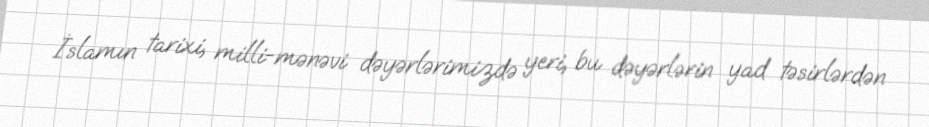
İslamın tarixi, milli-mənəvi dəyərlərimizdə yeri, bu dəyərlərin yad təsirlərdən